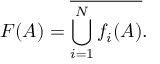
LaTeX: F ( A ) = { \overline { { \bigcup _ { i = 1 } ^ { N } f _ { i } ( A ) } } } .